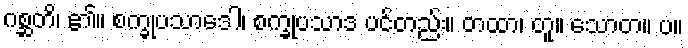
ဂစ္ဆတိ၊ ၏။ စက္ခုပသာဒေါ၊ စက္ခုပသာဒ ပင်တည်း။ တထာ၊ တူ။ သောတ။ ပ။